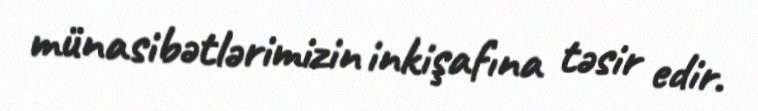
münasibətlərimizin inkişafına təsir edir.